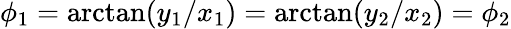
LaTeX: \begin{array}{r}{\phi_{1}=\arctan(y_{1}/x_{1})=\arctan(y_{2}/x_{2})=\phi_{2}}\end{array}